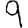
Digit: 9